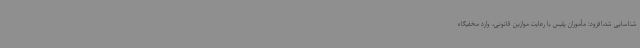
شناسایی شد،افزود: مأموران پلیس با رعایت موازین قانونی، وارد مخفیگاه